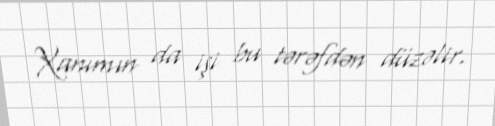
Xanımın da işi bu tərəfdən düzəlir.